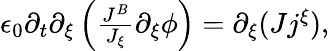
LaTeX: \begin{array}{r}{\epsilon_{0}\partial_{t}\partial_{\xi}\left(\frac{J^{B}}{J_{\xi}}\partial_{\xi}\phi\right)=\partial_{\xi}(Jj^{\xi}),}\end{array}